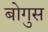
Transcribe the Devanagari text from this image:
बोगुस